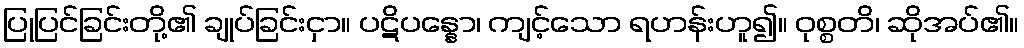
ပြုပြင်ခြင်းတို့၏ ချုပ်ခြင်းငှာ။ ပဋိပန္နော၊ ကျင့်သော ရဟန်းဟူ၍။ ဝုစ္စတိ၊ ဆိုအပ်၏။